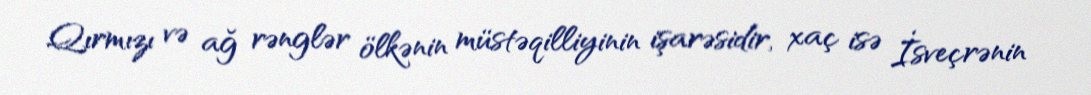
Qırmızı və ağ rənglər ölkənin müstəqilliyinin işarəsidir, xaç isə İsveçrənin